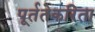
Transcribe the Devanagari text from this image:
पूर्ततेकरिता